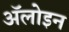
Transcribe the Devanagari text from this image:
ॲलोइन